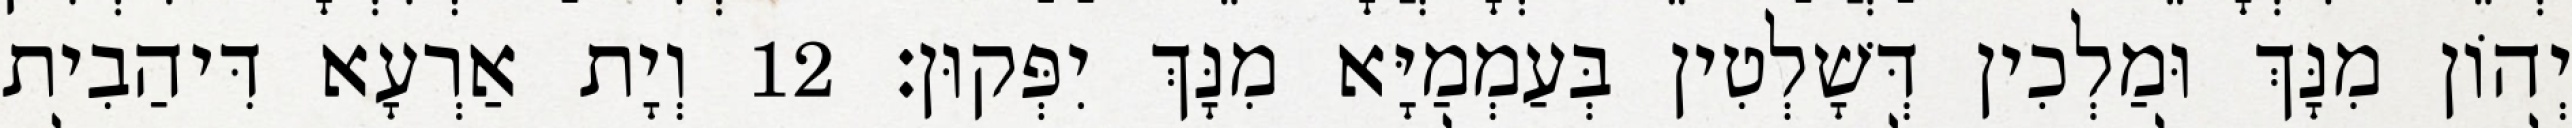
יְהוֹן מִנָּךְ וּמַלְכִין דְּשָׁלְטִין בְּעַמְמַיָּא מִנָּךְ יִפְּקוּן׃ 12 וְיָת אַרְעָא דִּיהַבִית